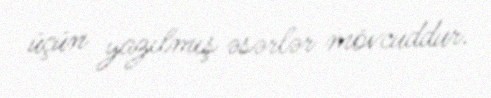
üçün yazılmış əsərlər mövcuddur.